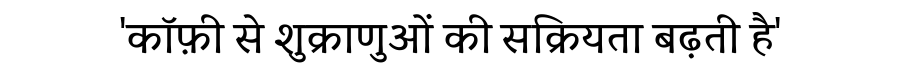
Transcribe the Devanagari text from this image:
'कॉफ़ी से शुक्राणुओं की सक्रियता बढ़ती है'